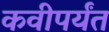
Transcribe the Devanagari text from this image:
कवीपर्यंत